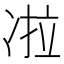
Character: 𰄀